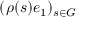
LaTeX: ( \rho ( s ) e _ { 1 } ) _ { s \in G }